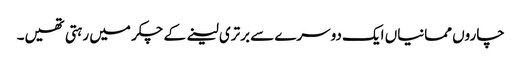
چاروں ممانیاں ایک دوسرے سے برتری لینے کے چکر میں رہتی تھیں۔